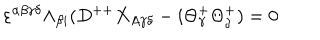
\varepsilon ^ { \alpha \beta \gamma \delta } \Lambda _ { \beta { i } } ( D ^ { + + } X _ { A \gamma \delta } - i \Theta _ { \gamma } ^ { + } \Theta _ { \delta } ^ { + } ) = 0